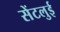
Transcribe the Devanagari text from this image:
सेंटलुई